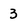
Character: 3